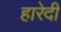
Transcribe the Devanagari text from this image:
हारेदी